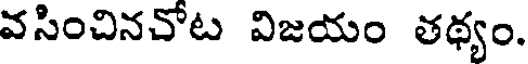
వసించినచోట విజయం తథ్యం.